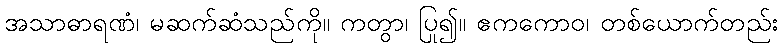
အသာဓာရဏံ၊ မဆက်ဆံသည်ကို။ ကတွာ၊ ပြု၍။ ဧကကောဝ၊ တစ်ယောက်တည်း